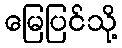
မြေပြင်သို့